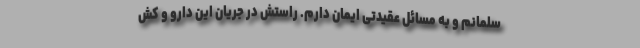
سلمانم و به مسائل عقیدتی ایمان دارم. راستش در جریان این دارو و کش